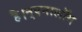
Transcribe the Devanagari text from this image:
है।न्एनालॉग